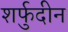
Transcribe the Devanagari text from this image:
शर्फुदीन